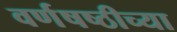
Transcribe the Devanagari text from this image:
वर्णषष्ठीच्या